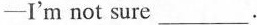
-I'm not sure ___.